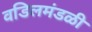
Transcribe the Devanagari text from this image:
वडिलमंडळी